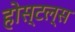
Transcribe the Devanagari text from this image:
होस्टल्स